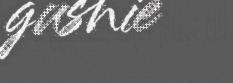
gusnie